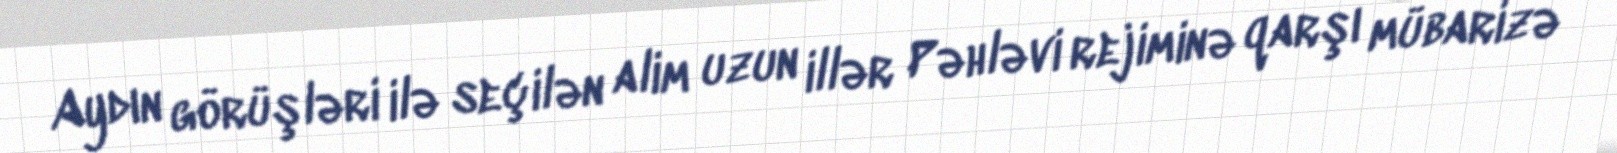
Aydın görüşləri ilə seçilən alim uzun illər Pəhləvi rejiminə qarşı mübarizə